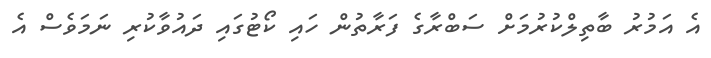
އެ އަމުރު ބާތިލްކުރުމަށް ސަބްރާގެ ފަރާތުން ހައި ކޯޓުގައި ދައުވާކުރި ނަމަވެސް އެ